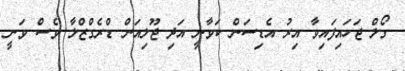
ގޯލް ޖަހައިފައިވާ އިރު އެޑިސަން ކަވާނީ އަދި ޖޫލިއަން ޑްރެގްޒްލާ ވެސް ވަނީ